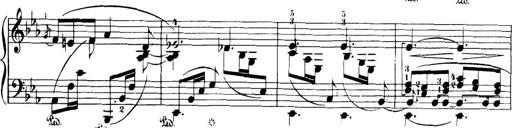
Title: 32 Sonatinas and Rondos for the Piano
Composer: Richard Kleinmichel